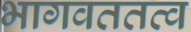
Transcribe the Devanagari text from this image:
भागवततत्व